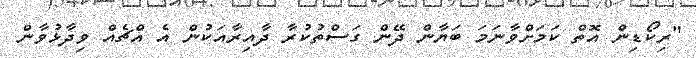
"ރިކޯޑިން އޮތް ކަމަށްވާނަމަ ބަޔާން ދޭން ގަސްތުކުރާ ދާއިރާއަކުން އެ އްޗެއް ވިދާޅުވާން